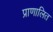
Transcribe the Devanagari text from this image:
प्राणालित